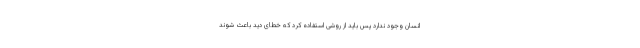
انسان وجود ندارد پس باید از روشی استفاده کرد که خطای دید باعث شوند